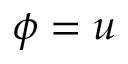
\phi = u